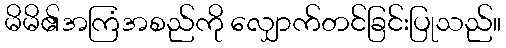
မိမိ၏အကြံအစည်ကို လျှောက်တင်ခြင်းပြုသည်။